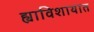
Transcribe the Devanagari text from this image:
ह्याविशायात